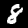
Label: 8